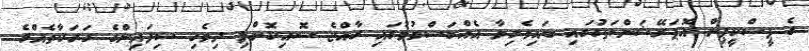
ގެ ޕީސްކީޕިން އޮޕަރޭޝަންތަކުގައި ބައިވެރިވާ އެއްބަސްވުމުގައި ރާއްޖެ ސޮއިކޮށްފި ދިވެހި ސިފައިންގެ ހަރަކާތެއްގެ